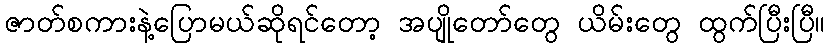
ဇာတ်စကားနဲ့ပြောမယ်ဆိုရင်တော့ အပျိုတော်တွေ ယိမ်းတွေ ထွက်ပြီးပြီ။